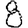
Digit: 8